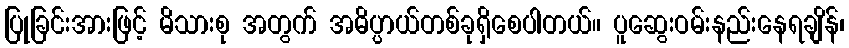
ပြုခြင်းအားဖြင့် မိသားစု အတွက် အဓိပ္ပာယ်တစ်ခုရှိစေပါတယ်။ ပူဆွေးဝမ်းနည်းနေရချိန်၊